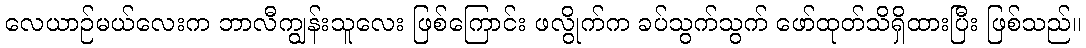
လေယာဉ်မယ်လေးက ဘာလီကျွန်းသူလေး ဖြစ်ကြောင်း ဖလွိုက်က ခပ်သွက်သွက် ဖော်ထုတ်သိရှိထားပြီး ဖြစ်သည်။